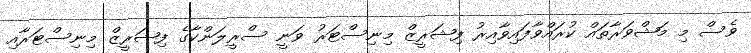
ވެސް މި މަޝްވަރާތައް ކުރައްވާފައިވާއިރު ފިޝަރީޒް މިނިސްޓަރު ވަނީ ސްރީލަންކާގެ ފިޝަރީޒް މިނިސްޓަރާއި